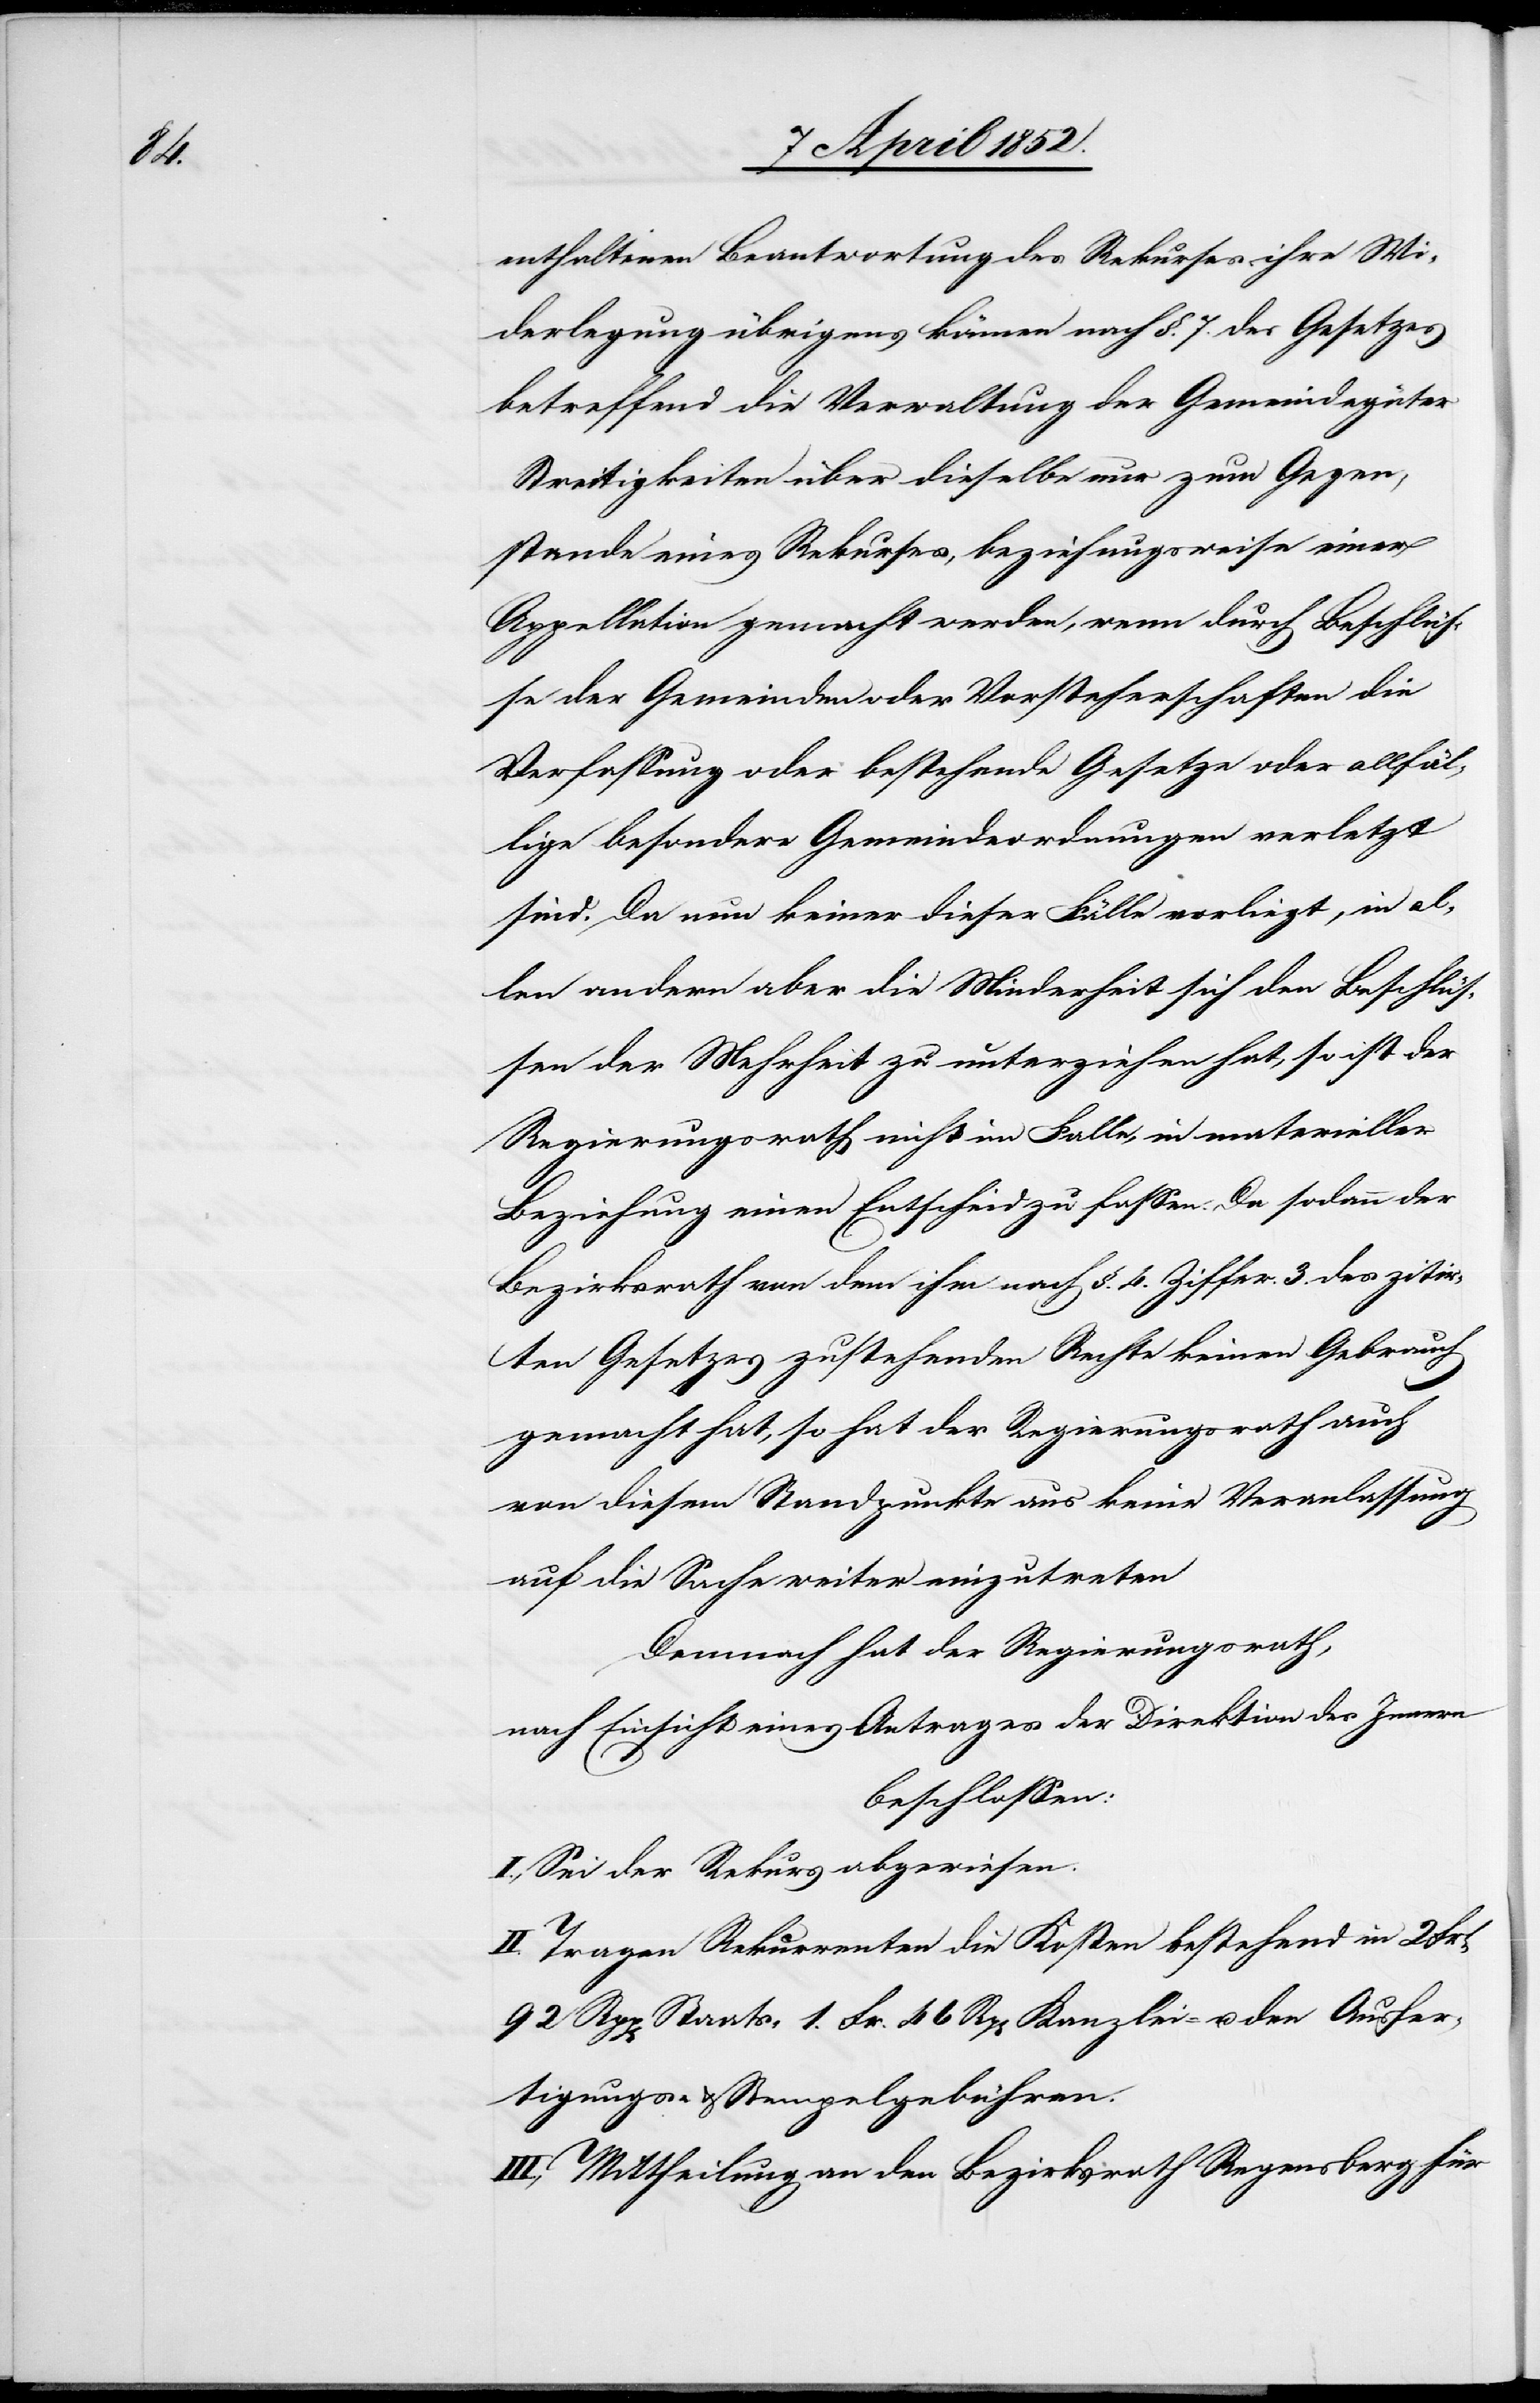
enthaltenen Beantwortung des Rekurses ihre Wi¬
derlegung übrigens können nach §. 7. des Gesetzes
betreffend die Verwaltung der Gemeindegüter
Streitigkeiten über dieselbe nur zum Gegen¬
stande eines Rekurses, beziehungsweise einer
Appellation gemacht werden, wenn durch Beschlüs¬
se der Gemeinden oder Vorsteherschaften die
Verfassung oder bestehende Gesetze oder allfäl¬
lige besondere Gemeindeordnungen verletzt
sind. Da nun keiner dieser Fälle vorliegt, in al¬
len andern aber die Minderheit sich den Beschlüs¬
sen der Mehrheit zu unterziehen hat, so ist der
Regierungsrath nicht im Falle, in materieller
Beziehung einen Entscheid zu fassen. Da sodann der
Bezirksrath von dem ihm nach §. 4. Ziffer. 3. des zitir¬
ten Gesetzes zustehenden Rechte keinen Gebrauch
gemacht hat, so hat der Regierungsrath auch
von diesem Standpunkte aus keine Veranlassung
auf die Sache weiter einzutreten
Demnach hat der Regierungsrath,
nach Einsicht eines Antrages der Direktion des Innern
beschlossen:
I., Sei der Rekurs abgewiesen.
II. Tragen Rekurrenten die Kosten bestehend in 2 Frk
92 Rpp[en] Staats-[,] 1. Fr. 46 Rp[en] Kanzlei- u. den Ausfer¬
tigungs- & Stempelgebühren.
III, Mittheilung an den Bezirksrath Regensberg für